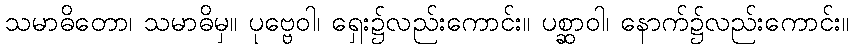
သမာဓိတော၊ သမာဓိမှ။ ပုဗ္ဗေဝါ၊ ရှေး၌လည်းကောင်း။ ပစ္ဆာဝါ၊ နောက်၌လည်းကောင်း။